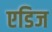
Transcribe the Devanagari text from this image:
एडिज